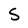
Character: S